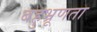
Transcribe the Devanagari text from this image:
बहुभ्रूणता